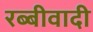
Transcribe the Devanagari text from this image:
रब्बीवादी